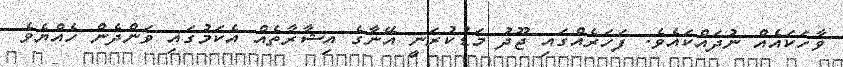
ވާހަކައެއް ނުދައްކައެވެ. ފަހަރެއްގައި ޖޫދު މަޑުކުރަނީ އޭނާގެ އިޝާރާތެއް އެކަމުގައި ވަންދެން ހެއްޔެވެ